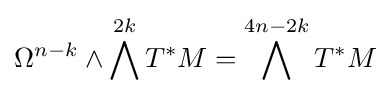
\Omega ^{n-k}\wedge \bigwedge ^{2k}T^{*}M=\bigwedge ^{4n-2k}T^{*}M